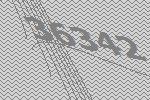
36342